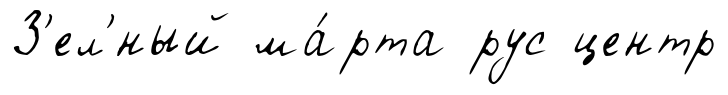
З'ел'́ный ма́рта рус центр